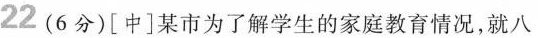
22(6分)[中]某市为了解学生的家庭教育情况，就八